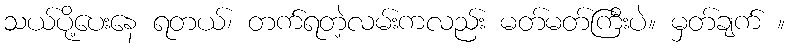
သယ်ပို့ပေးနေ ရတယ်၊ တက်ရတဲ့လမ်းကလည်း မတ်မတ်ကြီးပဲ။ မှတ်ချက် ။